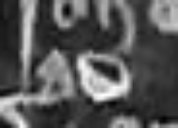
ad